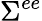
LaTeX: \Sigma^{ee}